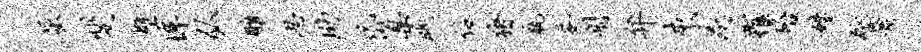
屈斐壁埠弘雕思助岱臬眺佞猪瓶妥射弁来浸罹殆姓跎蒋